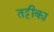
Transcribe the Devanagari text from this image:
तट्टीका